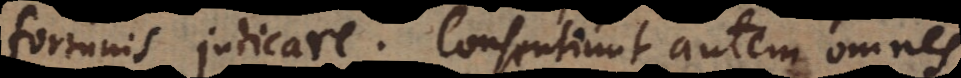
fortunis judicare. Consentiunt autem omnes,